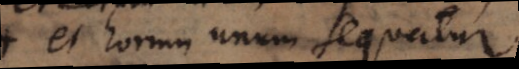
et horum unum sequatur,